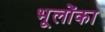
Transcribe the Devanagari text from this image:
भूलोंका